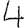
Digit: 4